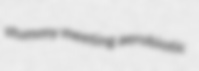
stummy meeting aerobiotic